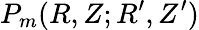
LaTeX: P_{m}(R,Z;R^{\prime},Z^{\prime})